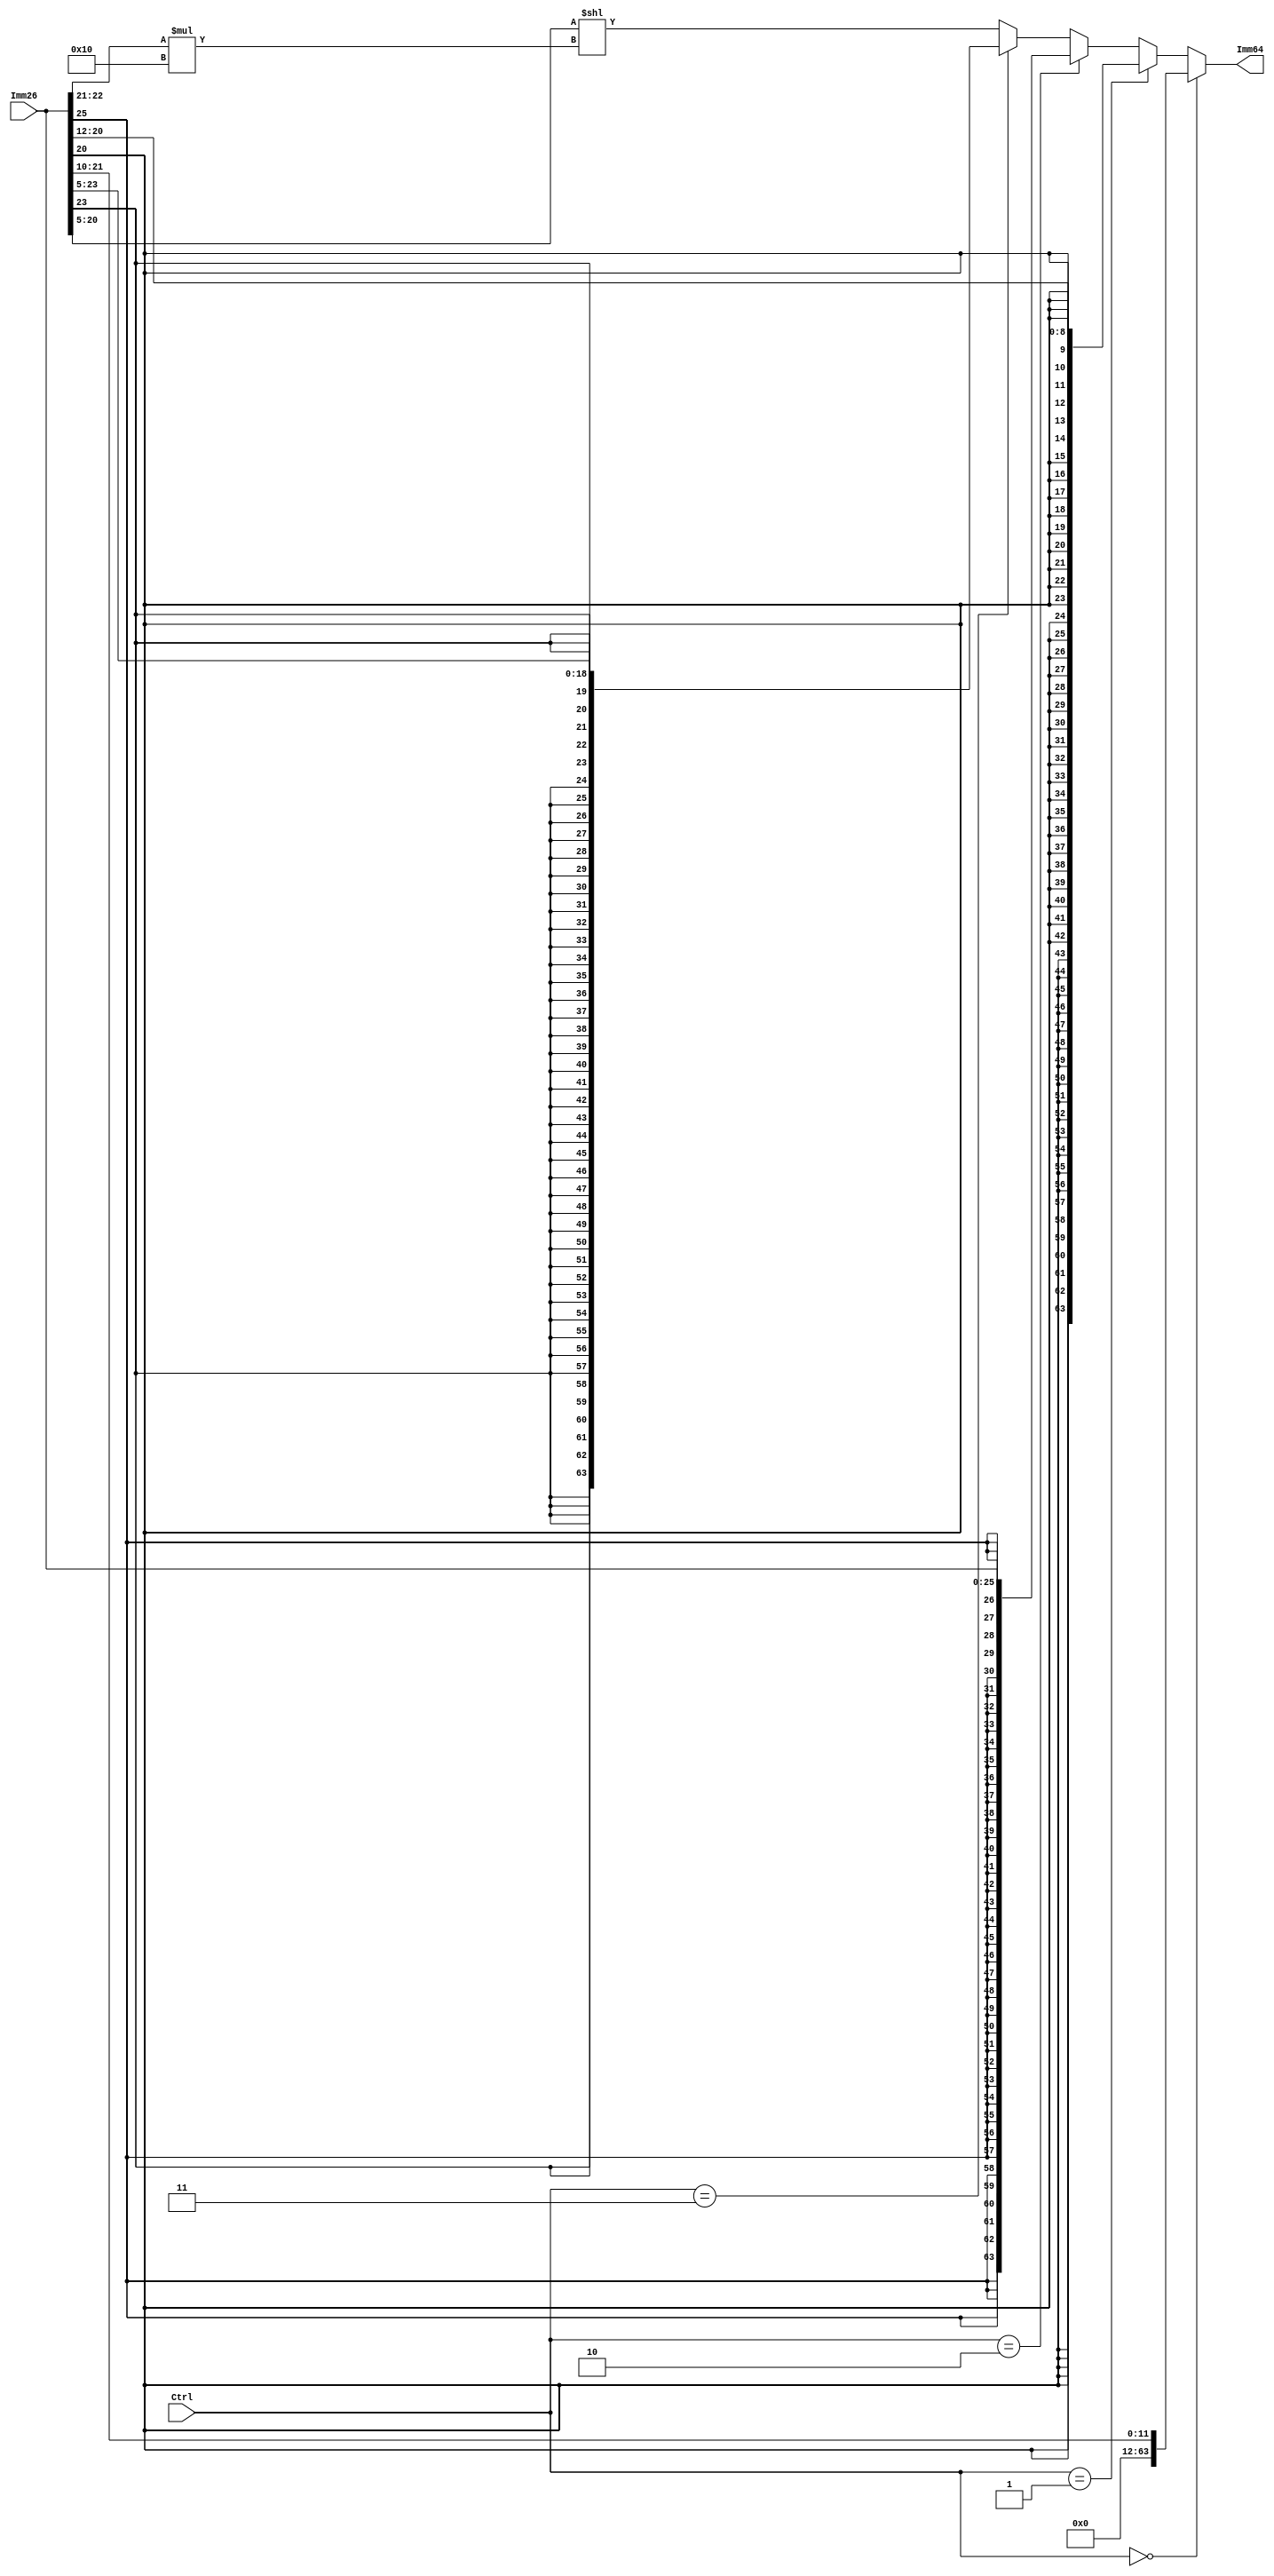
module ImmGenerator(Imm64, Imm26, Ctrl); 
  output reg [63:0] Imm64; 
  input [25:0] Imm26; 
  input [2:0] Ctrl; 

  always@(*) begin
    if(Ctrl == 2'b000) //I-type instruction
    	Imm64 = {52'b0, Imm26[21:10]};
    else if(Ctrl == 2'b001) //D-type instruction
    	Imm64 = {{55{Imm26[20]}}, Imm26[20:12]};
    else if(Ctrl == 2'b010) //B instruction
    	Imm64 = {{38{Imm26[25]}}, Imm26[25:0]};
    else if(Ctrl == 2'b011)	//CBZ instruction
    	Imm64 = {{45{Imm26[23]}}, Imm26[23:5]};
    else
      Imm64 = {48'b0, Imm26[20:5]} << (Imm26[22:21] * 16); //MOVZ instruction
      
  end

endmodule